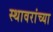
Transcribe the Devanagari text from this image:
स्थावरांच्या